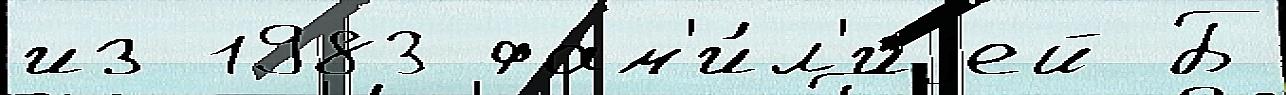
из 1983 фам'и́л'иjей Б